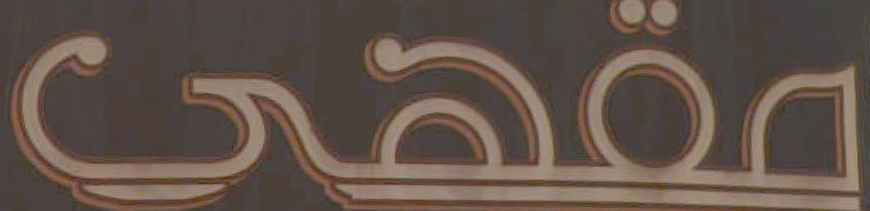
مقهى